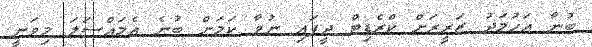
ބުނާ އަހުމަދު ޒަރީރަށް ކްރެޑިޓް ދީފައި ނުވާ ކަމަށް ބުނެ އެމައްސަލަ މިވަނީ